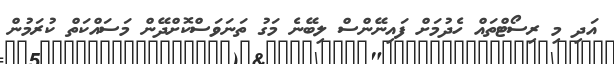
އަދި މި ރިސޯޓްތައް ހެދުމަށް ފައިނޭންސް ލިބޭނެ މަގު ތަނަވަސްކޮށްދޭން މަސައްކަތް ކުރަމުން